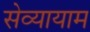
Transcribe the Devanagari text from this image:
सेव्यायाम